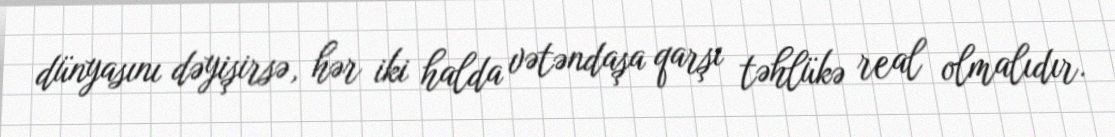
dünyasını dəyişirsə, hər iki halda vətəndaşa qarşı təhlükə real olmalıdır.